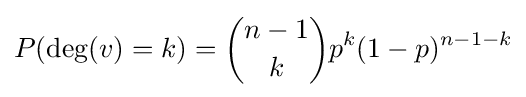
P(\deg(v)=k)={n-1 \choose k}p^{k}(1-p)^{n-1-k}